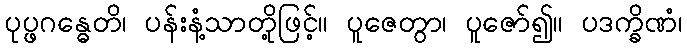
ပုပ္ဖဂန္ဓေတိ၊ ပန်းနံ့သာတို့ဖြင့်။ ပူဇေတွာ၊ ပူဇော်၍။ ပဒက္ခိဏံ၊